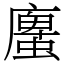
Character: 螷